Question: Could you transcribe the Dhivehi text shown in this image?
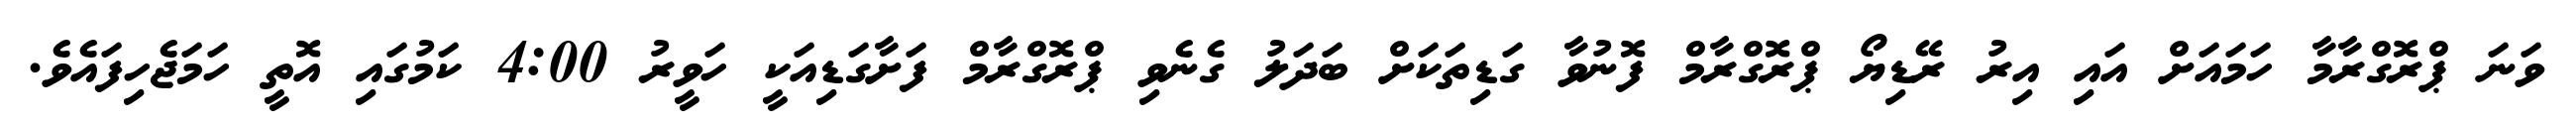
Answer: ވަނަ ޕްރޮގްރާމާ ހަމައަށް އައި އިރު ރޭޑިޔޯ ޕްރޮގްރާމް ފޮނުވާ ގަޑިތަކަށް ބަދަލު ގެނެވި ޕްރޮގްރާމް ފަށާގަޑިއަކީ ހަވީރު 4:00 ކަމުގައި އޮތީ ހަމަޖެހިފައެވެ.